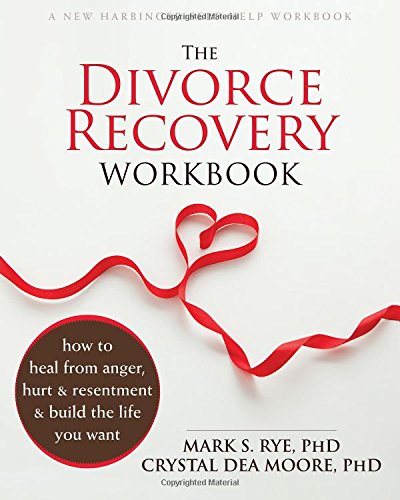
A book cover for The Divorce Recovery Workbook: How to Heal from Anger, Hurt, and Resentment and Build the Life You Want; Mark S. Rye PhD; Parenting & Relationships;